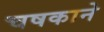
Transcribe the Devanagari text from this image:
चषकाने